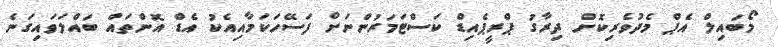
މޯބައިލް އެޕް މެދުވެރިކޮށް ދިރާގު ޕްރީޕެއިޑް ކަސްޓަމަރުންނަށް ފަސޭހަކަމާއިއެކު އެޑް އޮންތައް ބައްލަވައިގަނެ